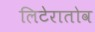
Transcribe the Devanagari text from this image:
लिटेरातोव